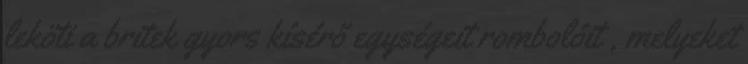
leköti a britek gyors kísérő egységeit rombolóit , melyeket